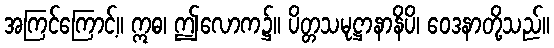
အကြင်ကြောင့်။ ဣဓ၊ ဤလောက၌။ ပိတ္တသမုဋ္ဌာနာနိပိ၊ ဝေဒနာတို့သည်။